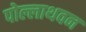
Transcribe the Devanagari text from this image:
पोल्लाथवन